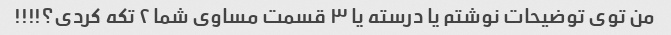
من توی توضیحات نوشتم یا درسته یا ۳ قسمت مساوی شما ۲ تکه کردی؟!!!!